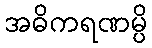
အဓိကရဏမ္ပိ